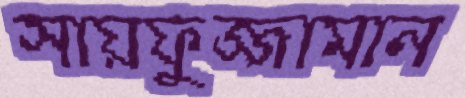
সায়ফুজ্জামান